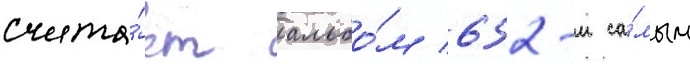
счита́ет альбо́м 652-м са́мым